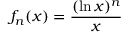
f _ { n } ( x ) = { \frac { ( \ln x ) ^ { n } } { x } }